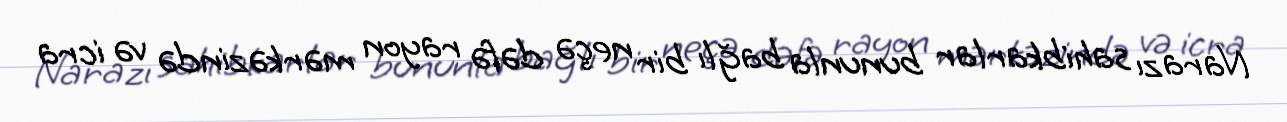
Narazı sahibkarlar bununla bağlı bir neçə dəfə rayon mərkəzində və icra